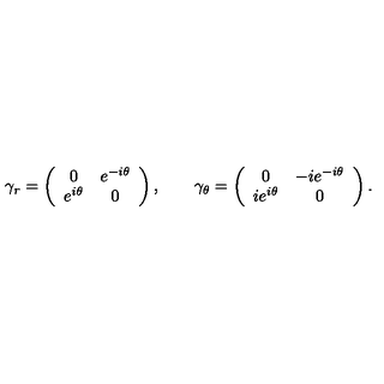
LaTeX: \gamma _ { r } = \left( \begin{array} { c c } { 0 } & { e ^ { - i \theta } } \\ { e ^ { i \theta } } & { 0 } \\ \end{array} \right) , \qquad \gamma _ { \theta } = \left( \begin{array} { c c } { 0 } & { - i e ^ { - i \theta } } \\ { i e ^ { i \theta } } & { 0 } \\ \end{array} \right) .